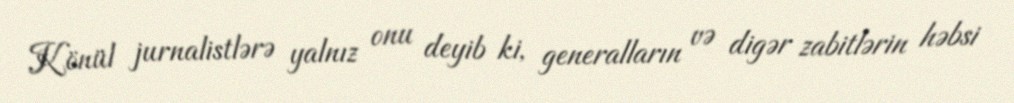
Könül jurnalistlərə yalnız onu deyib ki, generalların və digər zabitlərin həbsi